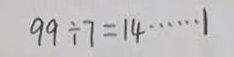
9 9 \div 7 = 1 4 \cdots 1